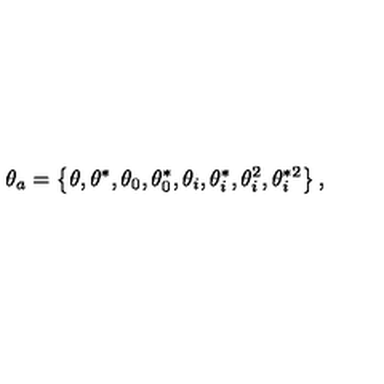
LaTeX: \theta _ { a } = \left\{ \theta , \theta ^ { \ast } , \theta _ { 0 } , \theta _ { 0 } ^ { \ast } , \theta _ { i } , \theta _ { i } ^ { \ast } , \theta _ { i } ^ { 2 } , \theta _ { i } ^ { \ast 2 } \right\} ,